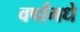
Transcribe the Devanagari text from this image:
वर्षांमधे